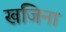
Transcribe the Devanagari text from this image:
खजिना